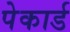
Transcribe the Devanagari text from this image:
पेकार्ड